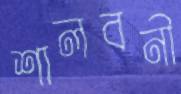
শালবনী